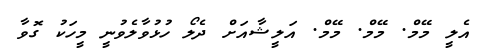
އެލީ މޭމް. މޭމް. މޭމް. އަލީޝާއަށް ދެލޯ ހުޅުވާލެވުނީ މީހަކު ގޮވާ